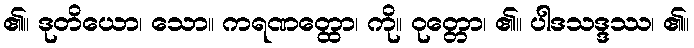
၏။ ဒုတိယော၊ သော။ ကရဏတ္ထော၊ ကို။ ဝုတ္တော၊ ၏။ ပါဒသဒ္ဒဿ၊ ၏။